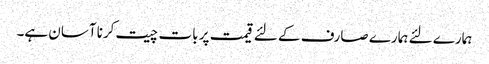
ہمارے لئے ہمارے صارف کے لئے قیمت پر بات چیت کرنا آسان ہے۔